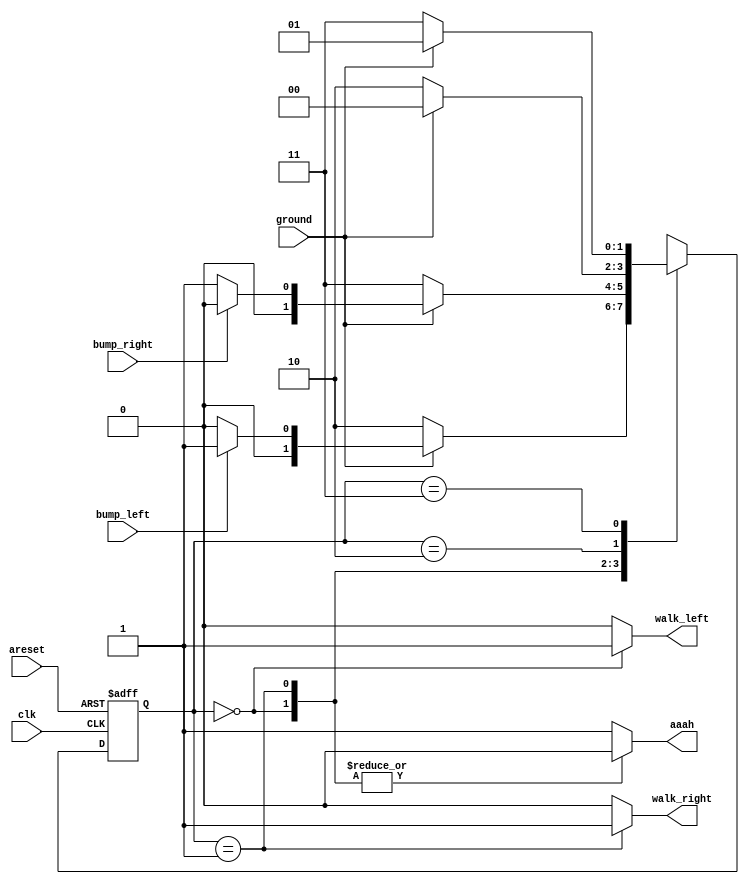
module top_module(
    input clk,
    input areset,    // Freshly brainwashed Lemmings walk left.
    input bump_left,
    input bump_right,
    input ground,
    output walk_left,
    output walk_right,
    output aaah ); 
	parameter LEFT = 0, RIGHT = 1, FALL_L = 2, FALL_R = 3;
    reg [1:0] state, next;
    
    always @ (*) begin
        case(state)
            LEFT : begin
                if (!ground) next = FALL_L;
                else next = bump_left ? RIGHT : LEFT;
            end
            RIGHT : begin
                if(!ground) next = FALL_R;
                else next = bump_right ? LEFT : RIGHT;
            end
            FALL_L : begin
                if(ground) next = LEFT;
                else next = FALL_L;
            end
            FALL_R : begin
                if(ground) next = RIGHT;
                else next = FALL_R;
            end
        endcase
    end
    
    always @ (posedge clk, posedge areset) begin
        if(areset) state <= LEFT;
        else state <= next; 
    end
    
    always @ (*) begin
        case(state)
            LEFT: begin
                walk_left  = 1;
                walk_right = 0;
                aaah = 0;
            end
            RIGHT : begin
              	walk_left  = 0;
                walk_right = 1;
                aaah = 0;
            end
            default : begin
               	walk_left  = 0;
                walk_right = 0;
                aaah = 1;
            end
        endcase
    end
    
endmodule